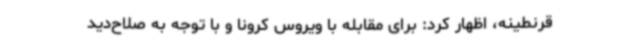
قرنطینه، اظهار کرد: برای مقابله با ویروس کرونا و با توجه به صلاح‌دید